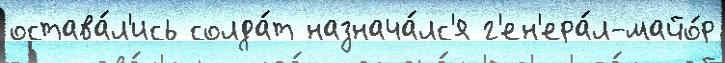
остава́л'ись солда́т назнача́лс'я г'ен'ера́л-майо́р